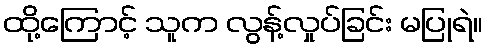
ထို့ကြောင့် သူက လွန့်လှုပ်ခြင်း မပြုရဲ။